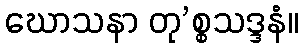
ဃောသနာ တု’စ္စသဒ္ဒနံ။